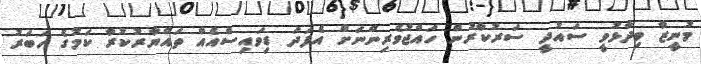
މުނީޒާ ވިދާޅުވީ ސައުދީ ސަރުކާރުން ހައްޖުވެރިންނަށް އެފަދަ ޑިވައިސްއެއް ތައްޔާރުކުރާ ކަމުގެ ހަބަރު